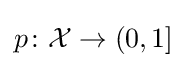
p\colon {\mathcal {X}}\to (0,1]